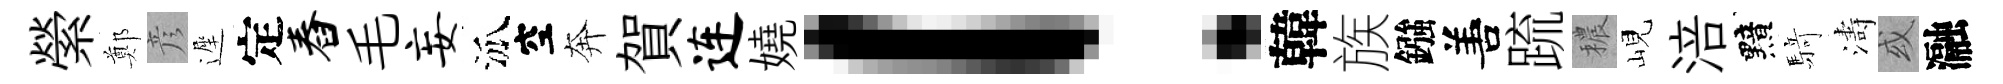
縈鄭彦遲定舂毛妄泒空奔賀连嬈！韓族鏹𠵊䟽穠峴涪黯𮪍濤或瀜